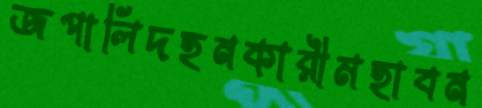
জপালিদহনকারীমহাবন